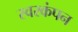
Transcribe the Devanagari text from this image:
स्वरकंपन